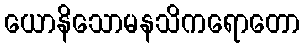
ယောနိသောမနသိကရောတော